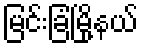
မြင်းခြံမြို့နယ်